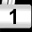
Digit: 1